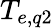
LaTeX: T_{e,q2}